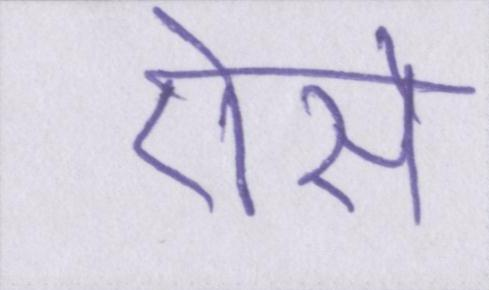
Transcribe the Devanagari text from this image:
ऐसे